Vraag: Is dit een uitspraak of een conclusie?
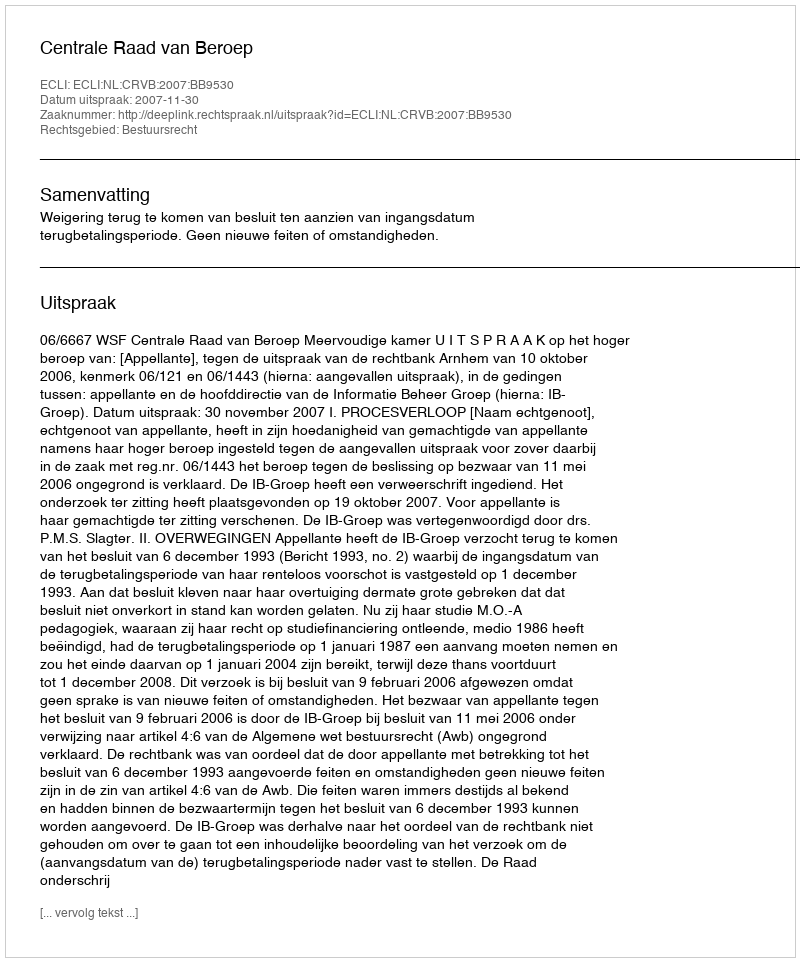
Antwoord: Uitspraak